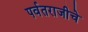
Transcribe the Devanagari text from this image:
पर्वतराजीचे